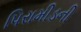
પિરામીડની